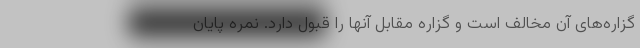
گزاره‌های آن مخالف است و گزاره مقابل آنها را قبول دارد. نمره پایان